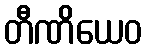
တီဏိယေဝ